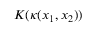
K ( \kappa ( \boldsymbol x _ { 1 } , \boldsymbol x _ { 2 } ) )